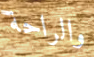
والراحة